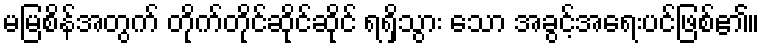
မမြစိန်အတွက် တိုက်တိုင်ဆိုင်ဆိုင် ရရှိသွား သော အခွင့်အရေးပင်ဖြစ်၏။